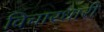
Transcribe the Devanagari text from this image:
विचारधारी